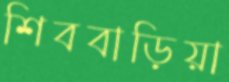
শিববাড়িয়া